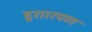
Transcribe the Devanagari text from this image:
हुशारपण